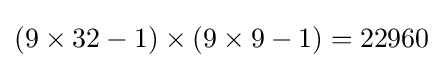
(9\times 32-1)\times (9\times 9-1)=22960